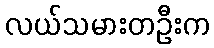
လယ်သမားတဦးက